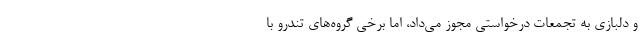
و دلبازی به تجمعات درخواستی مجوز می‌داد، اما برخی گروه‌های تندرو با